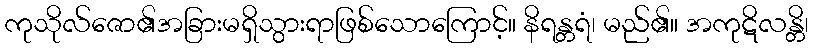
ကုသိုလ်ဇော၏အခြားမရှိသွားရာဖြစ်သောကြောင့်။ နိရန္တရံ၊ မည်၏။ အကုဋိလန္တိ၊